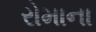
રોમાના